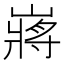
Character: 嶈